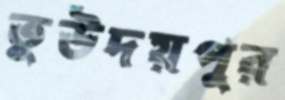
তুউদয়পুর